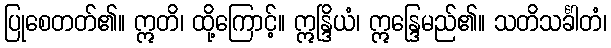
ပြုစေတတ်၏။ ဣတိ၊ ထို့ကြောင့်။ ဣန္ဒြိယံ၊ ဣန္ဒြေမည်၏။ သတိသင်္ခါတံ၊